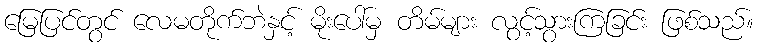
မြေပြင်တွင် လေမတိုက်ဘဲနှင့် မိုးပေါ်မှ တိမ်များ လွင့်သွားကြခြင်း ဖြစ်သည်။